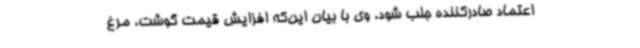
اعتماد صادرکننده جلب شود. وی با بیان‌ این‌که افزایش قیمت گوشت، مرغ